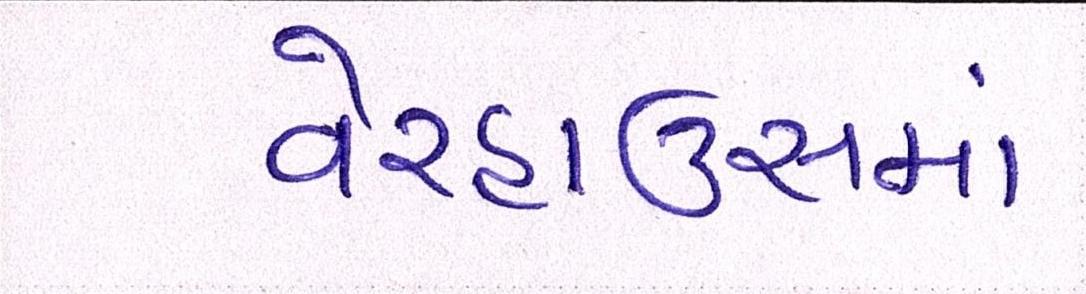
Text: વેરહાઉસમાં